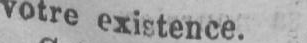
votre existence.